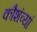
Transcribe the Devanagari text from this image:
कौशंव्यां